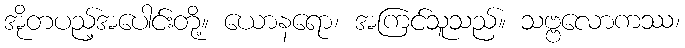
အိုတပည့်အပေါင်းတို့။ ယောနရော၊ အကြင်သူသည်။ သဗ္ဗလောကဿ၊